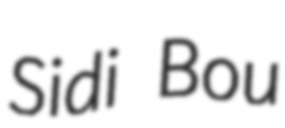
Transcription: Sidi Bou